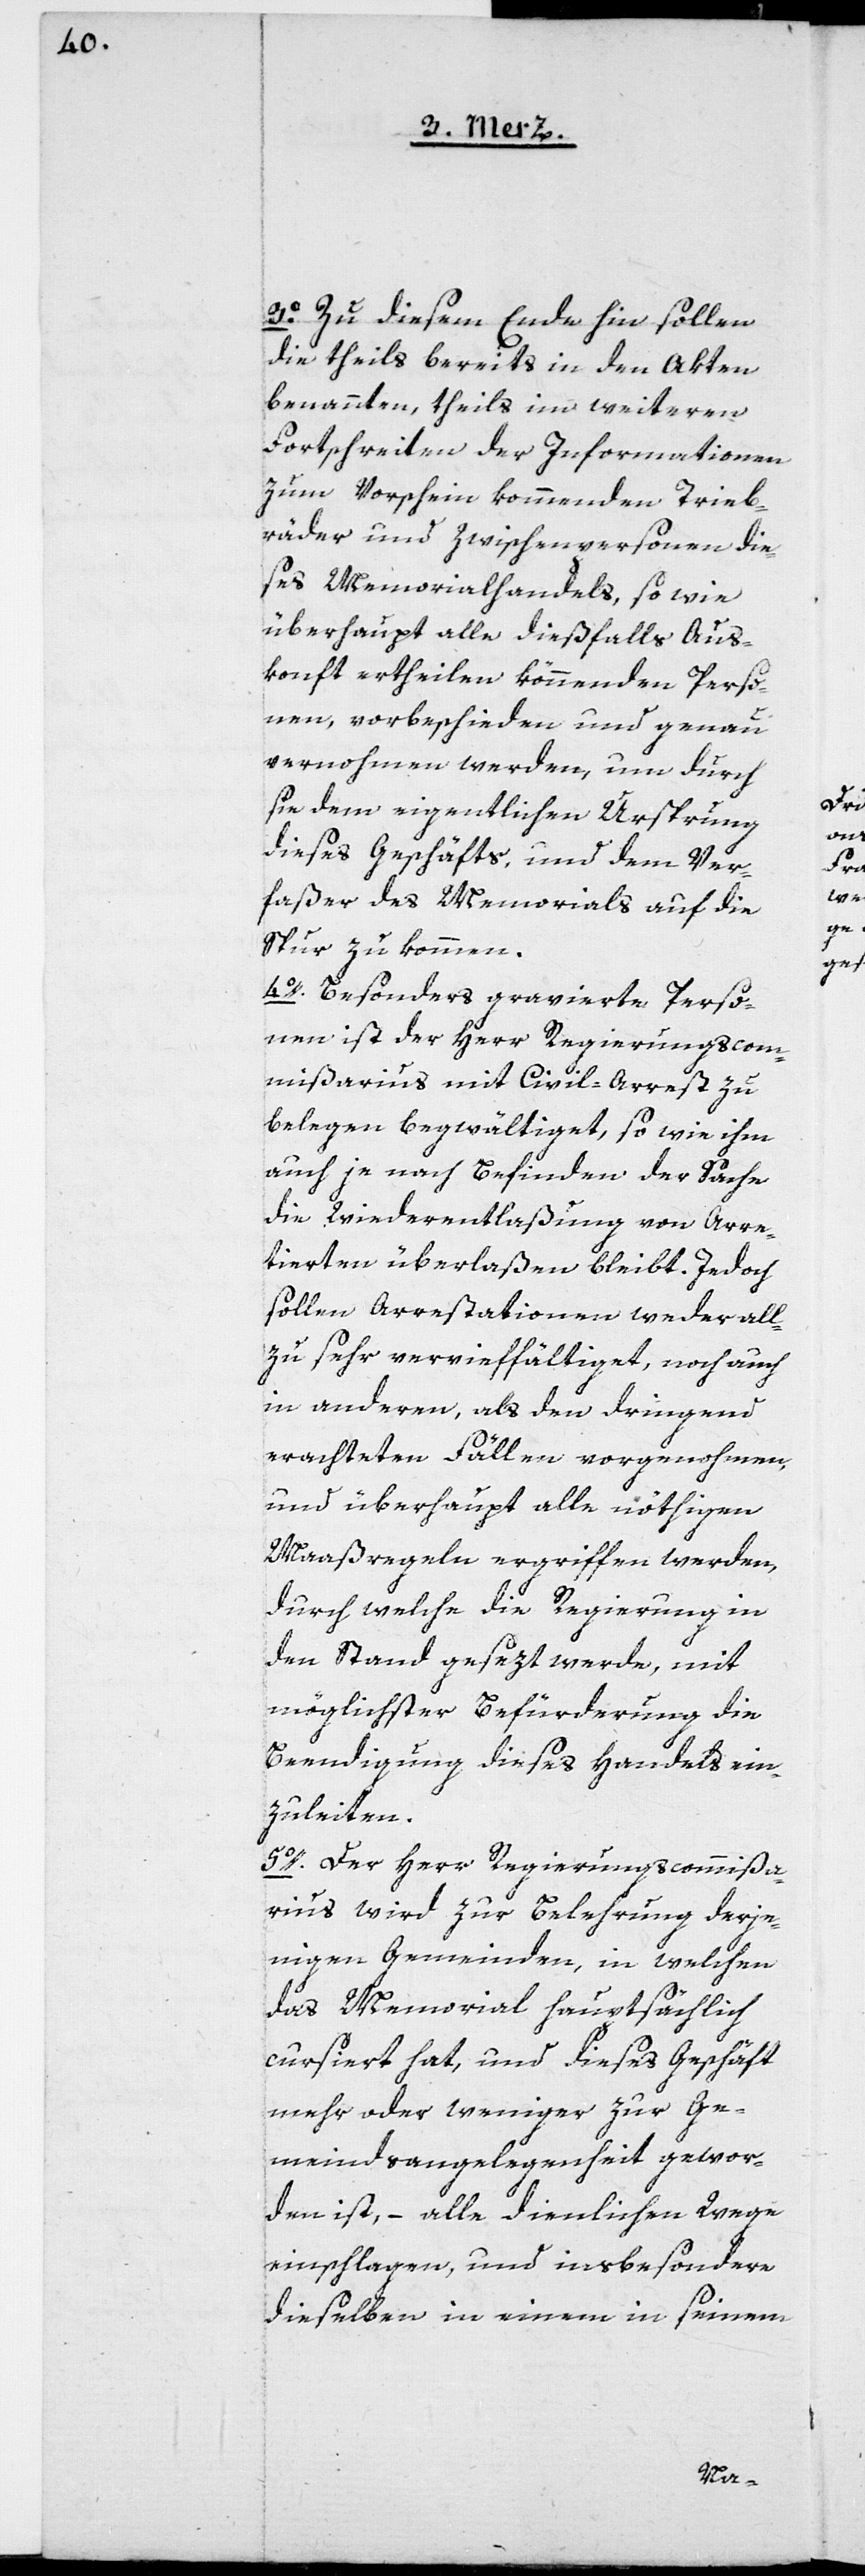
3o. Zu diesem Ende hin sollen
die theils bereits in den Akten
benannten, theils im weiteren
Fortschreiten der Informationen
zum Vorschein kommenden Trieb¬
räder und Zwischenpersonen die¬
ses Memorialshandels, so wie
überhaupt alle dießfalls Aus¬
konft ertheilen könnenden Perso¬
nen, vorbeschieden und genau
vernommen werden, um durch
sie dem eigentlichen Ursprung
dieses Geschäfts, und dem Ver¬
faßer des Memorials auf die
Spur zu kommen.
4o. Besonders gravierte Perso¬
nen ist der Herr Regierungscom¬
missarius mit Civil-Arrest zu
belegen begwältiget, so wie ihm
auch je nach Befinden der Sache
die Wiederentlaßung von Arre¬
tierten überlaßen bleibt. Jedoch
sollen Arrestationen weder all¬
zu sehr vervie[l]ffältiget, noch auch
in anderen, als den dringend
erachteten Fällen vorgenohmen,
und überhaupt alle nöthigen
Maaßregeln ergriffen werden,
durch welche die Regierung in
den Stand gesezt werde, mit
möglichster Befürderung die
Beendigung dieses Handels ein¬
zuleiten.
5o. Der Herr Regierungscommißa¬
rius wird zur Belehrung derje¬
nigen Gemeinden, in welchen
das Memorial hauptsächlich
cursiert hat, und dieses Geschäft
mehr oder weniger zur Ge¬
meindsangelegenheit gewor¬
den ist, – alle dienlichen Wege
einschlagen, und insbesondere
dieselben in einem in seinem